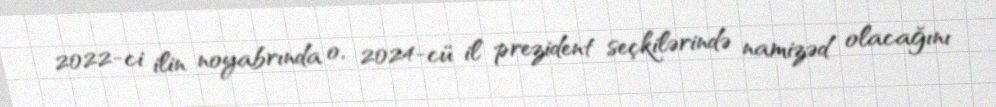
2022-ci ilin noyabrında o, 2024-cü il prezident seçkilərində namizəd olacağını